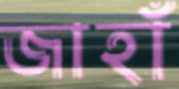
জাহাঁ